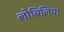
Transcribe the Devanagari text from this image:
लोबिलिया